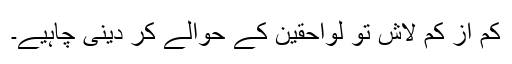
کم از کم لاش تو لواحقین کے حوالے کر دینی چاہیے۔